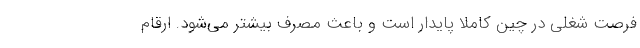
فرصت شغلی در چین کاملا پایدار است و باعث مصرف بیشتر می‌شود. ارقام